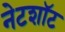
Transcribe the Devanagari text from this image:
नेटशॉट